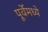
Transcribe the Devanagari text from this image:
पूर्वेमध्ये